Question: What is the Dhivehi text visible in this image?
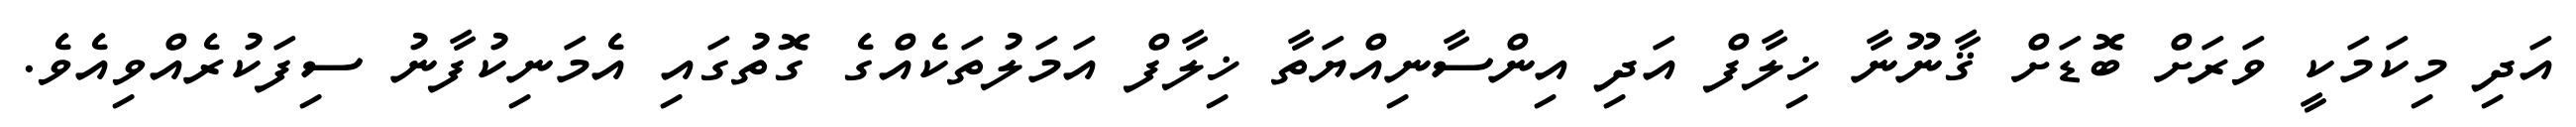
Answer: އަދި މިކަމަކީ ވަރަށް ބޮޑަށް ޤާނޫނާ ޚިލާފް އަދި އިންސާނިއްޔަތާ ޚިލާފް އަމަލުތަކެއްގެ ގޮތުގައި އެމަނިކުފާނު ސިފަކުރެއްވިއެވެ.